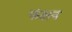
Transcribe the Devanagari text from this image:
फंक्षन